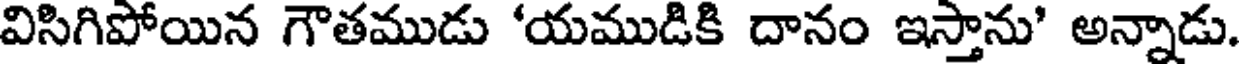
విసిగిపోయిన గౌతముడు 'యముడికి దానం ఇస్తాను' అన్నాడు.